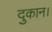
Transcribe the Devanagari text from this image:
दुकान।